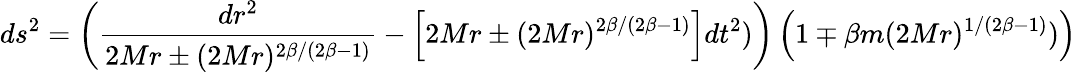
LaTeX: ds^{2}=\left(\frac{dr^{2}}{2Mr\pm(2Mr)^{2\beta/(2\beta-1)}}-\left[2Mr\pm(2Mr)^{2\beta/(2\beta-1)}\right]dt^{2})\right)\left(1\mp\beta m(2Mr)^{1/(2\beta-1)})\right)